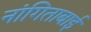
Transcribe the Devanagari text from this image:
नांगिताबाई